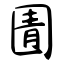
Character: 圊